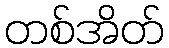
တစ်အိတ်